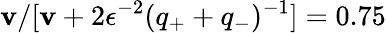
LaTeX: \mathbf{v}/[\mathbf{v}+2\epsilon^{-2}(q_{+}+q_{-})^{-1}]=0.75